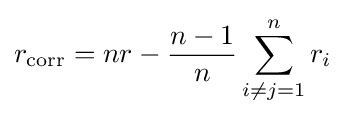
r_{\mathrm {corr} }=nr-{\frac {n-1}{n}}\sum _{i\neq j=1}^{n}r_{i}